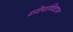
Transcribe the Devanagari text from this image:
ध्येयविधान